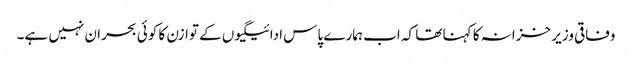
وفاقی وزیر خزانہ کا کہنا تھا کہ اب ہمارے پاس ادائیگیوں کے توازن کا کوئی بحران نہیں ہے۔